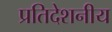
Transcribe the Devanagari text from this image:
प्रतिदेशनीय